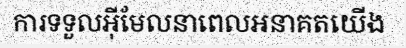
ការទទួលអ៊ីមែលនាពេលអនាគតយើង